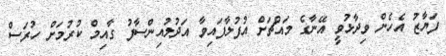
ފަޔާޒު އެހެން ވިދާޅުވީ އޭނާގެ މައްޗަށް އުފުލާފައިވާ އަދުލުއިންސާފު ގާއިމް ކުރުމަށް ހުރަސް